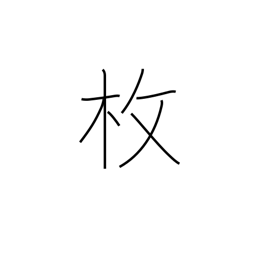
Meaning: sheet of...